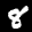
Label: 8